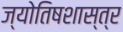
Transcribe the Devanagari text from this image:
ज्याेतिषशास्त्र